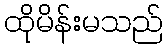
ထိုမိန်းမသည်